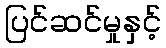
ပြင်ဆင်မှုနှင့်